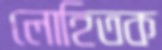
লোহিতক